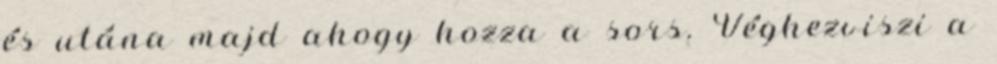
és utána majd ahogy hozza a sors. Véghezviszi a